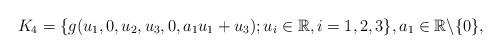
LaTeX: \begin{align*} K_{4}=\{g(u_1,0,u_2,u_3,0,a_1u_1+u_3); u_i \in \mathbb R, i=1,2,3 \}, a_1\in \mathbb{R}\backslash\{0\}, \end{align*}